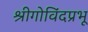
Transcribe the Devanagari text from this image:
श्रीगोविंदप्रभू